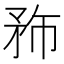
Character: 𥍦